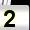
Digit: 2